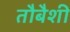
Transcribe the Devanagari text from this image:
तौबैशी